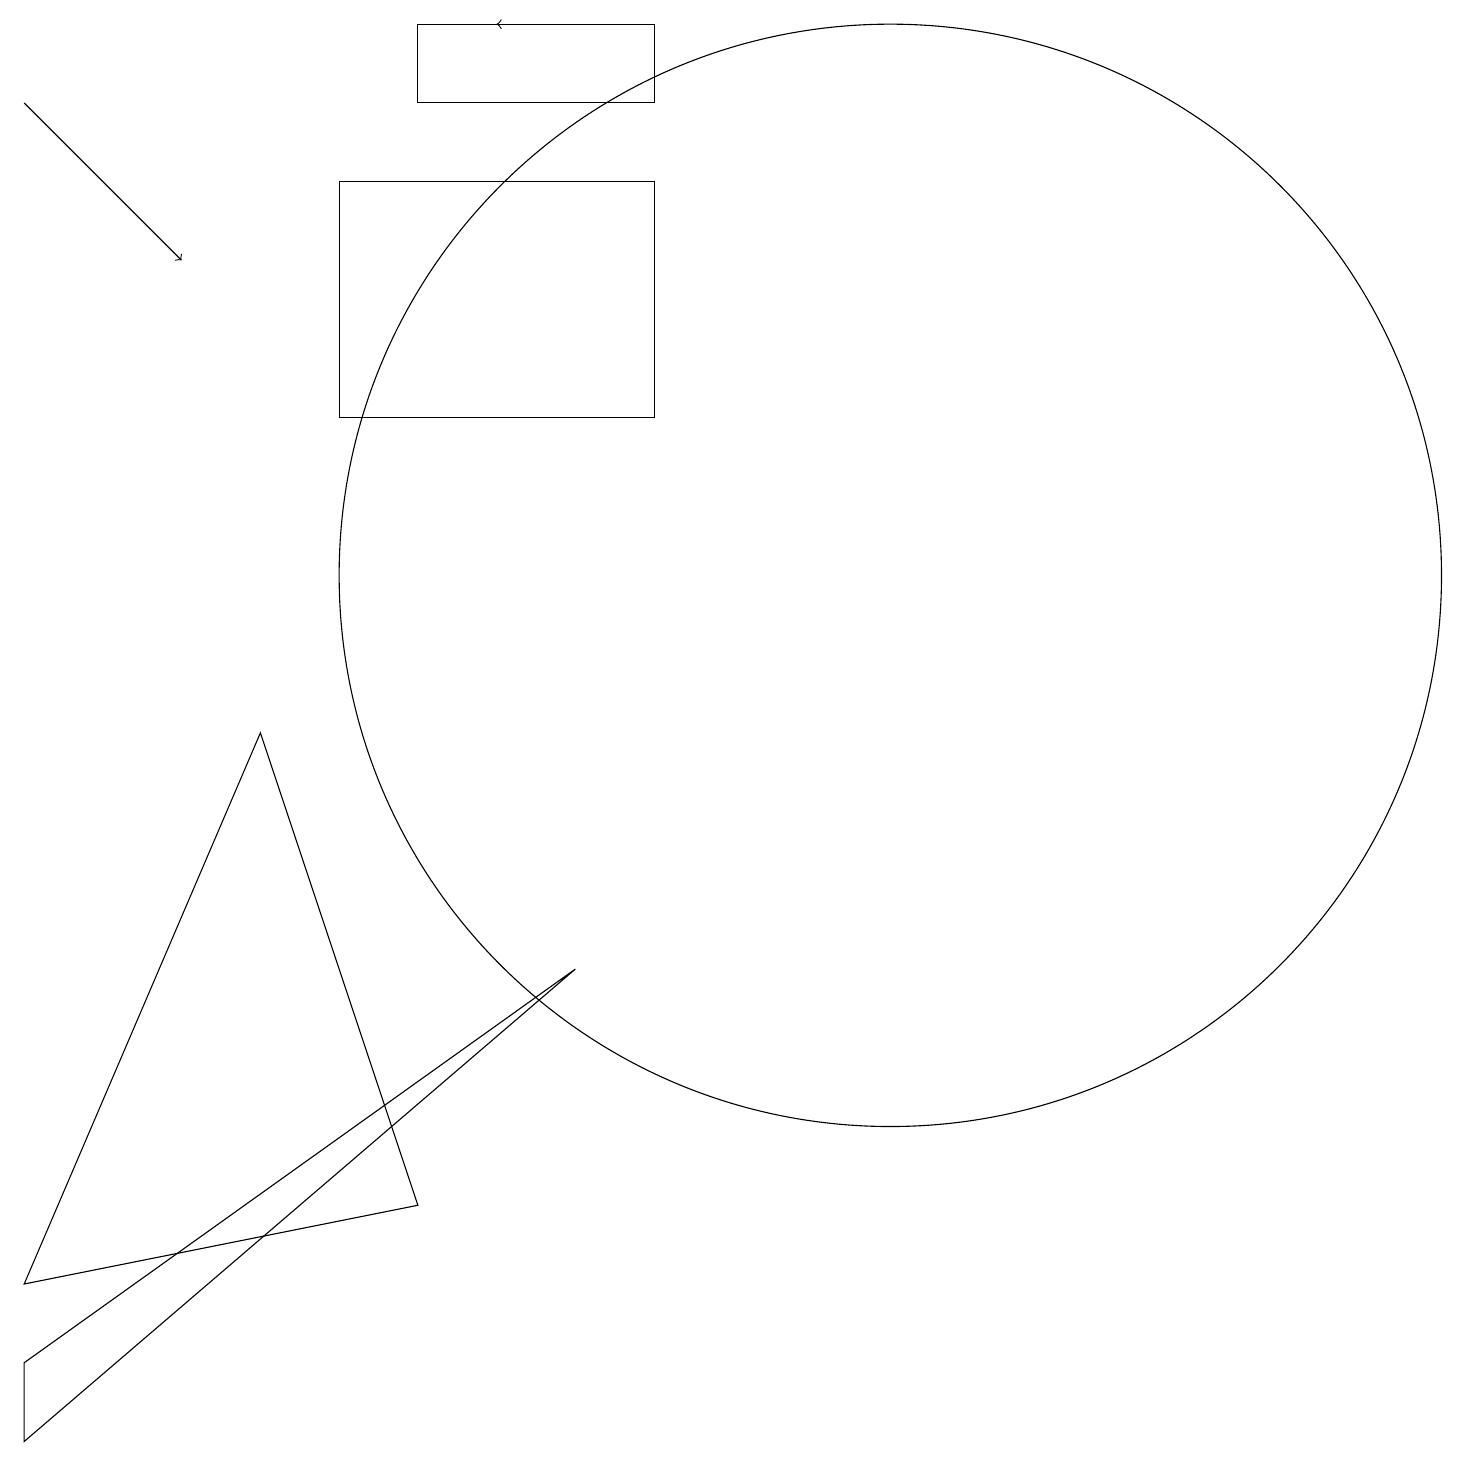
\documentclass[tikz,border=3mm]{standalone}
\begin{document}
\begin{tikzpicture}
\draw[->] (0,17) -- (2,15);
\draw (5,18) rectangle (8,17);
\draw (3,9) -- (5,3) -- (0,2) -- cycle;
\draw[->] (7,18) -- (6,18);
\draw (11,11) circle (7);
\draw (8,13) rectangle (4,16);
\draw (7,6) -- (0,1) -- (0,0) -- cycle;
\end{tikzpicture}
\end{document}